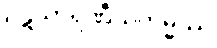
ပဋိသာရဏီယကမ္မဿ